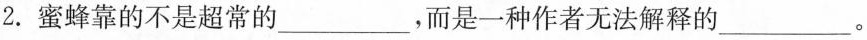
2.蜜蜂靠的不是超常的___，而是一种作者无法解释的___。